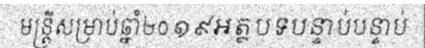
មន្ត្រីសម្រាប់ឆ្នាំ២០១៩អត្ថបទបន្ទាប់បន្ទាប់